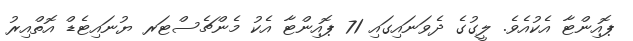
ޕޮއިންޓާ އެކުއެވެ. ލީގުގެ ދެވަނައިގައި 71 ޕޮއިންޓާ އެކު މެންޗެސްޓަރ ޔުނައިޓެޑް އޮތްއިރު